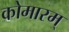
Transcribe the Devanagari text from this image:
कोमारम्